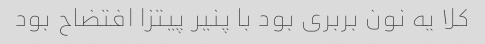
کلا یه نون بربری بود با پنیر پیتزا افتضاح بود